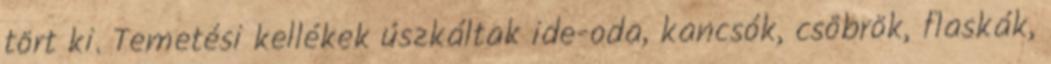
tört ki. Temetési kellékek úszkáltak ide-oda, kancsók, csöbrök, flaskák,